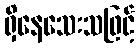
ရှိနေသေးသဖြင့်